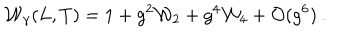
{ \cal W } _ { \gamma } ( L , T ) = 1 + g ^ { 2 } { \cal W } _ { 2 } + g ^ { 4 } { \cal W } _ { 4 } + { \cal O } ( g ^ { 6 } ) \ .